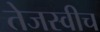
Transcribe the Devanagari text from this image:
तेजस्वीच